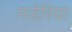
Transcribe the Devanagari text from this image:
मडेरिया